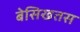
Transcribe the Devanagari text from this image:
बेसिखतस